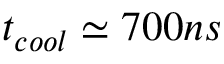
t _ { c o o l } \simeq 7 0 0 n s